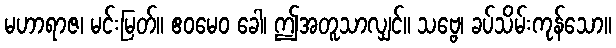
မဟာရာဇ၊ မင်းမြတ်။ ဧဝမေဝ ခေါ၊ ဤအတူသာလျှင်။ သဗ္ဗေ၊ ခပ်သိမ်းကုန်သော။